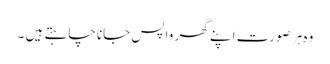
وہ ہر صورت اپنے گھر واپس جانا چاہتے ہیں ۔